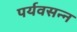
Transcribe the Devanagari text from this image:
पर्यवसन्न